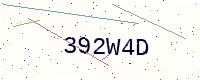
Text: 392W4D